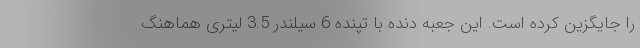
را جایگزین کرده است. این جعبه دنده با تپنده 6 سیلندر 3.5 لیتری هماهنگ